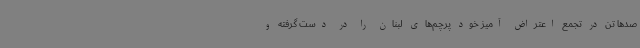
صدها تن در تجمع اعتراض آمیز خود پرچم‌های لبنان را در دست گرفته و